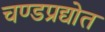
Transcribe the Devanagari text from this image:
चण्डप्रद्योत